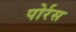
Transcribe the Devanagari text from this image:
पोर्रस